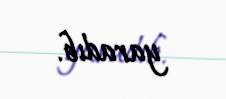
yaradıb.